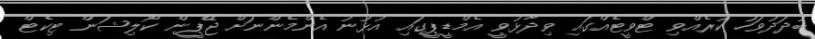
ބުދަދުވަހު ކުރެއްވި ޓްވީޓެއްގައި ވިދާޅުވީ އެމްޑީޕީގައި އުޅުނު އެންމެންނަށް ޖޭޕީން ކޯލިޝަން ޓިކެޓް